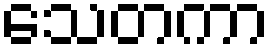
သေတကာ